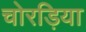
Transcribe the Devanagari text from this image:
चोरड़िया